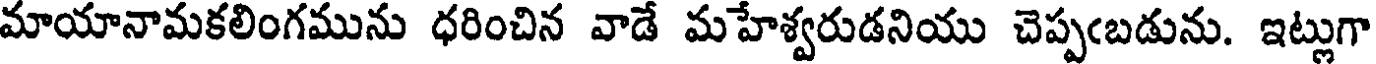
మాయానామకలింగమును ధరించిన వాడే మహేశ్వరుడనియు చెప్పఁబడును. ఇట్లుగా